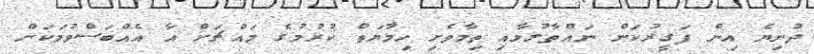
ދުނިޔެ އިން ފަގީރުކަން ނައްތާލުމާއި ތިމާވެށި ހިމާޔަތް ކުރުމުގެ މައްޗަށް އާ އެއްބަސްވުމަކަށް